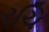
રચિ